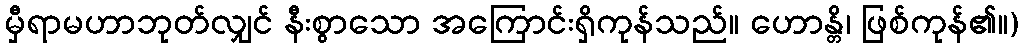
မှီရာမဟာဘုတ်လျှင် နီးစွာသော အကြောင်းရှိကုန်သည်။ ဟောန္တိ၊ ဖြစ်ကုန်၏။)